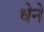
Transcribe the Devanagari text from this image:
धेने